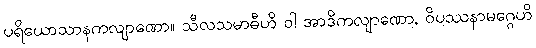
ပရိယောသာနကလျာဏော။ သီလသမာဓီဟိ ဝါ အာဒိကလျာဏော, ဝိပဿနာမဂ္ဂေဟိ